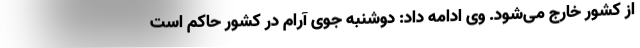
از کشور خارج می‌شود. وی ادامه داد: دوشنبه جوی آرام در کشور حاکم است